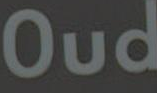
Oud